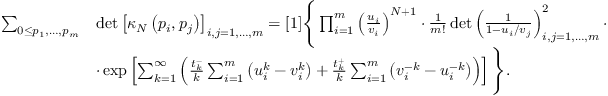
\begin{array} { r l } { \sum _ { 0 \leq p _ { 1 } , \dots , p _ { m } } } & { \operatorname* { d e t } \left[ \kappa _ { N } \left( p _ { i } , p _ { j } \right) \right] _ { i , j = 1 , \dots , m } = [ 1 ] \Bigg \{ \prod _ { i = 1 } ^ { m } \left( \frac { u _ { i } } { v _ { i } } \right) ^ { N + 1 } \cdot \frac { 1 } { m ! } \operatorname* { d e t } \left( \frac { 1 } { 1 - u _ { i } / v _ { j } } \right) _ { i , j = 1 , \dots , m } ^ { 2 } \cdot } \\ & { \cdot \exp \left[ \sum _ { k = 1 } ^ { \infty } \left( \frac { t _ { k } ^ { - } } { k } \sum _ { i = 1 } ^ { m } \left( u _ { i } ^ { k } - v _ { i } ^ { k } \right) + \frac { t _ { k } ^ { + } } { k } \sum _ { i = 1 } ^ { m } \left( v _ { i } ^ { - k } - u _ { i } ^ { - k } \right) \right) \right] \Bigg \} . } \end{array}